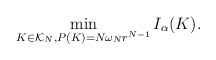
\begin{align*}\min_{K\in\mathcal{K}_N, P(K)=N\omega_N r^{N-1}}I_{\alpha}(K).\end{align*}